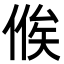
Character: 𬾴